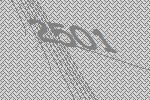
2501